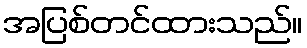
အပြစ်တင်ထားသည်။